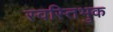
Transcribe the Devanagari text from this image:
स्वस्तिभुक